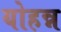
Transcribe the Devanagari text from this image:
योहन्न